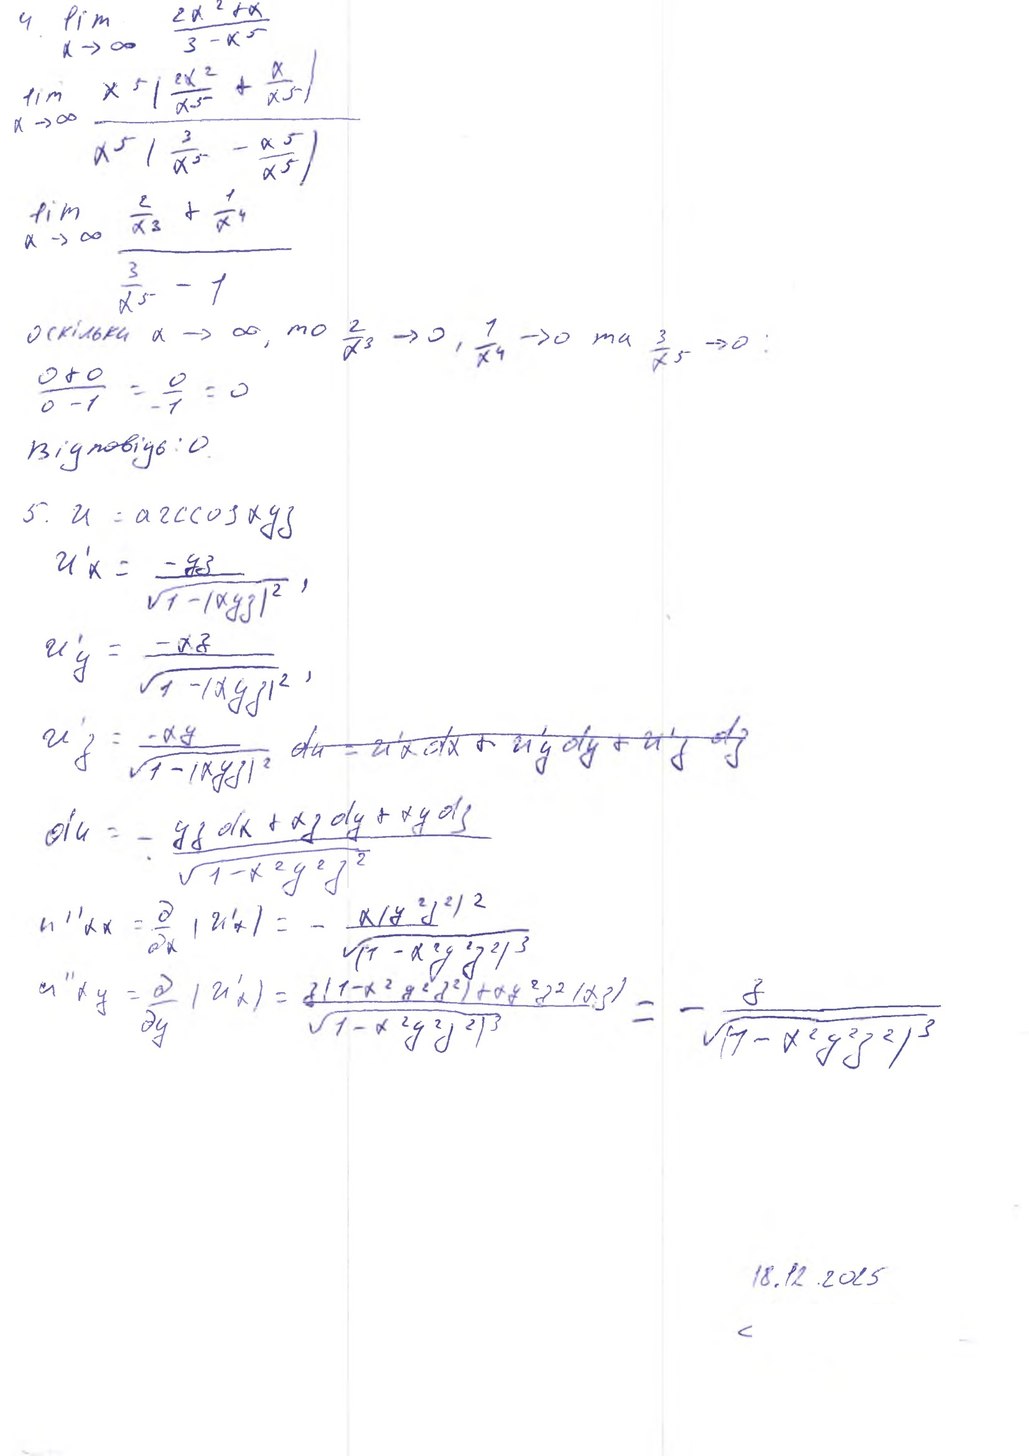
4. lim x -> infinity (2x^2 + x) / (3 - x^5)
x -> ∞  x^5 ( \frac{2х^}{x^5} - \frac{x}{x^5} )
x^5 ( \frac{3}{x^5} - \frac{x^5}{x^5} )
lim x -> infinity 2/x^3 + 1/x^4
3/x^5 - 1
оскільки x -> ∞, то 2/x^3 -> 0, 1/x^4 -> 0 та 3/x^5 -> 0 :
0 + 0 / 0 - 1 = 0 / -1 = 0
Відповідь: 0.
5. u = arccos xyz
u'_x = \frac{-yz}{\sqrt{1 - (xyz)^2}},
u'_y = \frac{-xz}{\sqrt{1 - (xyz)^2}},
u'_z = \frac{-xy}{\sqrt{1-(xyz)^2}} ~~du = u'_x dx + u'_y dy + u'_z dz~~
du = - (yz dx + xz dy + xy dz) / sqrt(1 - x^2 y^2 z^2)
u''_{xy} = \frac{\partial}{\partial y}\left(u'_x\right) = \frac{x(y^2 z^2)^2}{\sqrt{(1 - x^2 y^2 z^2)^3}}
u''_{xy} = \frac{\partial}{\partial y}\left(u'_x\right) = \frac{z(1 - x^2 y^2 z^2) + xy^2 z^2 (xz)}{\sqrt{(1 - x^2 y^2 z^2)^3}} = \frac{-z}{\sqrt{(1 - x^2 y^2 z^2)^3}}
18.12.2015